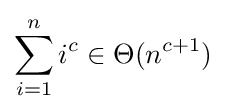
\sum _{i=1}^{n}i^{c}\in \Theta (n^{c+1})